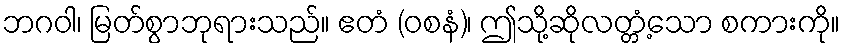
ဘဂဝါ၊ မြတ်စွာဘုရားသည်။ ဧတံ (ဝစနံ)၊ ဤသို့ဆိုလတ္တံ့သော စကားကို။